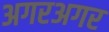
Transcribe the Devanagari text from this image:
अगरअगर